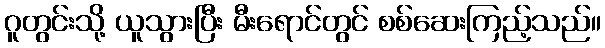
ဂူတွင်းသို့ ယူသွားပြီး မီးရောင်တွင် စစ်ဆေးကြည့်သည်။